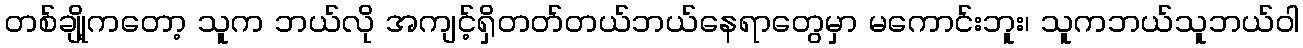
တစ်ချို့ကတော့ သူက ဘယ်လို အကျင့်ရှိတတ်တယ်ဘယ်နေရာတွေမှာ မကောင်းဘူး၊ သူကဘယ်သူဘယ်ဝါ